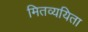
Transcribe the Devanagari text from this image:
मितव्‍ययिता